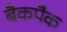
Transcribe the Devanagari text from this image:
बैकपैक